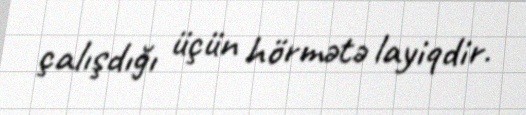
çalışdığı üçün hörmətə layiqdir.